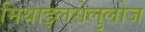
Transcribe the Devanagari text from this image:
मिथाइलसेलुलोज